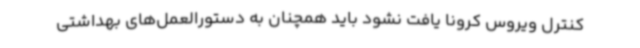
کنترل ویروس کرونا یافت نشود باید همچنان به دستورالعمل‌های بهداشتی